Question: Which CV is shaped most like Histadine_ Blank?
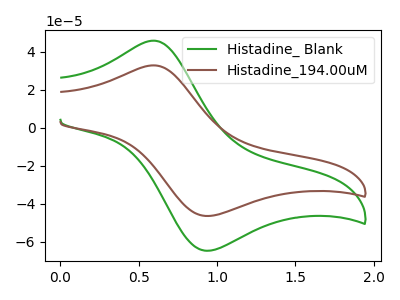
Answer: <think>The green curve "Histadine_ Blank" has an anodic peak at (0.60V, 45.95uA) and a cathodic peak at (0.95V, -64.55uA). The brown curve "Histadine_194.00uM" has an anodic peak at (0.60V, 32.95uA) and a cathodic peak at (0.95V, -46.30uA).
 All the peaks in "Histadine_ Blank" have a peak in "Histadine_194.00uM" at the same potential. Every peak in "Histadine_ Blank" is higher than every peak in "Histadine_194.00uM".</think>
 <answer>The CV with the most similar shape to "Histadine_194.00uM" is "Histadine_ Blank".</answer>
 <eval>"Histadine_ Blank"</eval>